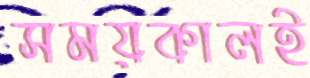
সময়কালই